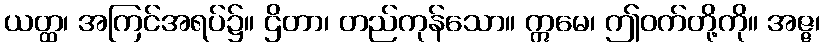
ယတ္ထ၊ အကြင်အရပ်၌။ ဌိတာ၊ တည်ကုန်သော။ ဣမေ၊ ဤဝက်တို့ကို။ အဇ္ဇ၊